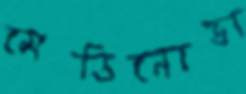
মেডিনোভা